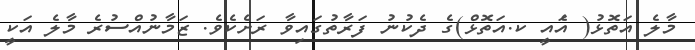
މާލެ އަތޮޅު( އެައީ ކ.އަތޮޅް)ގެ ދެކުނު ފަރާތުގައިވާ ރަށެކެވެ. ޒަމާނުއްސުރެ މާލެ އަކީ